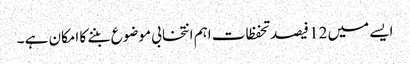
ایسے میں 12 فیصد تحفظات اہم انتخابی موضوع بننے کا امکان ہے ۔